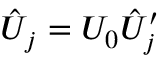
\hat { U } _ { j } = U _ { 0 } \hat { U } _ { j } ^ { \prime }